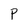
Character: P